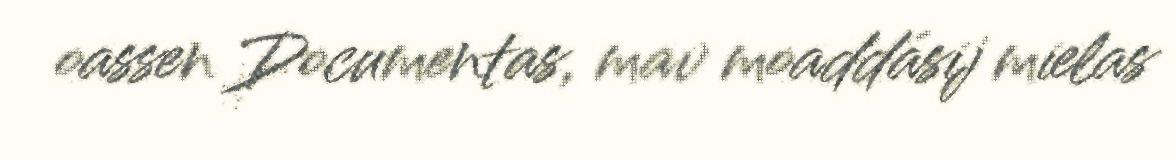
oassen Documentas, mav moaddásij mielas